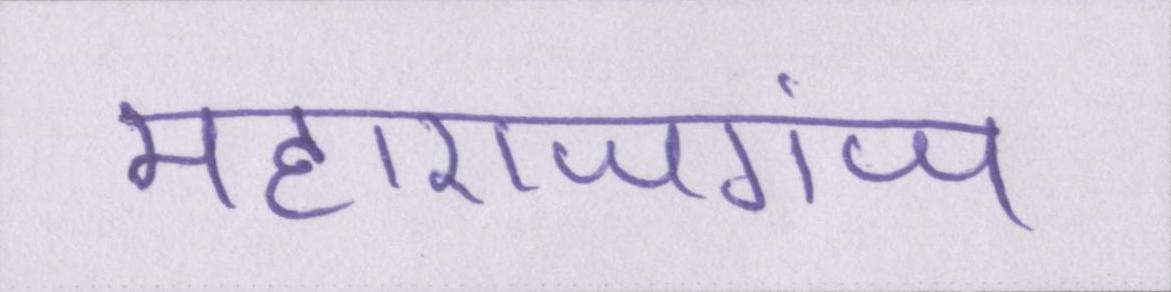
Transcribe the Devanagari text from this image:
महाराजगंज